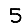
Digit: 5